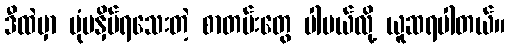
ဒီထဲမှာ ပုံမနှိပ်ရသေးတဲ့ စာတမ်းတွေ ပါမယ်လို့ ယူဆရပါတယ်။